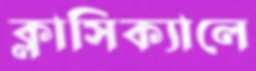
ক্লাসিক্যালে